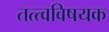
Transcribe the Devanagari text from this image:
तत्त्वविषयक